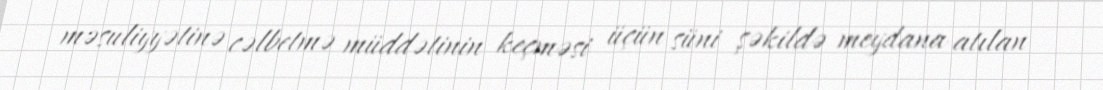
məsuliyyətinə cəlbetmə müddətinin keçməsi üçün süni şəkildə meydana atılan